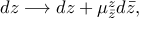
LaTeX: d z \longrightarrow d z + \mu _ { \bar { z } } ^ { z } d \bar { z } ,